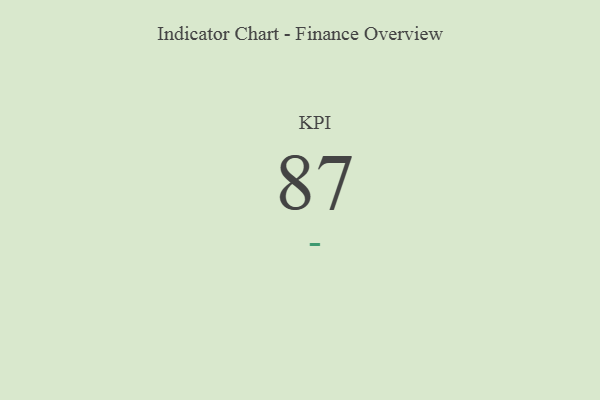
{"axis": {"x": "KPI", "y": "Value"}, "legend": [""], "data": [{"x": "KPI", "y": 87, "type": ""}]}